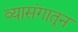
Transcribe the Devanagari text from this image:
व्यासंगातून